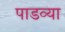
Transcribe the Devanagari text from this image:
पाडव्या